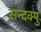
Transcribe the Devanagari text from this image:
सन्दक्पु